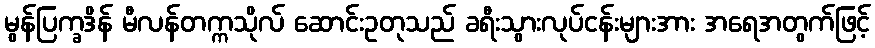
မွန်ပြက္ခဒိန် မီလန်တက္ကသိုလ် ဆောင်းဥတုသည် ခရီးသွားလုပ်ငန်းများအား အရေအတွက်ဖြင့်